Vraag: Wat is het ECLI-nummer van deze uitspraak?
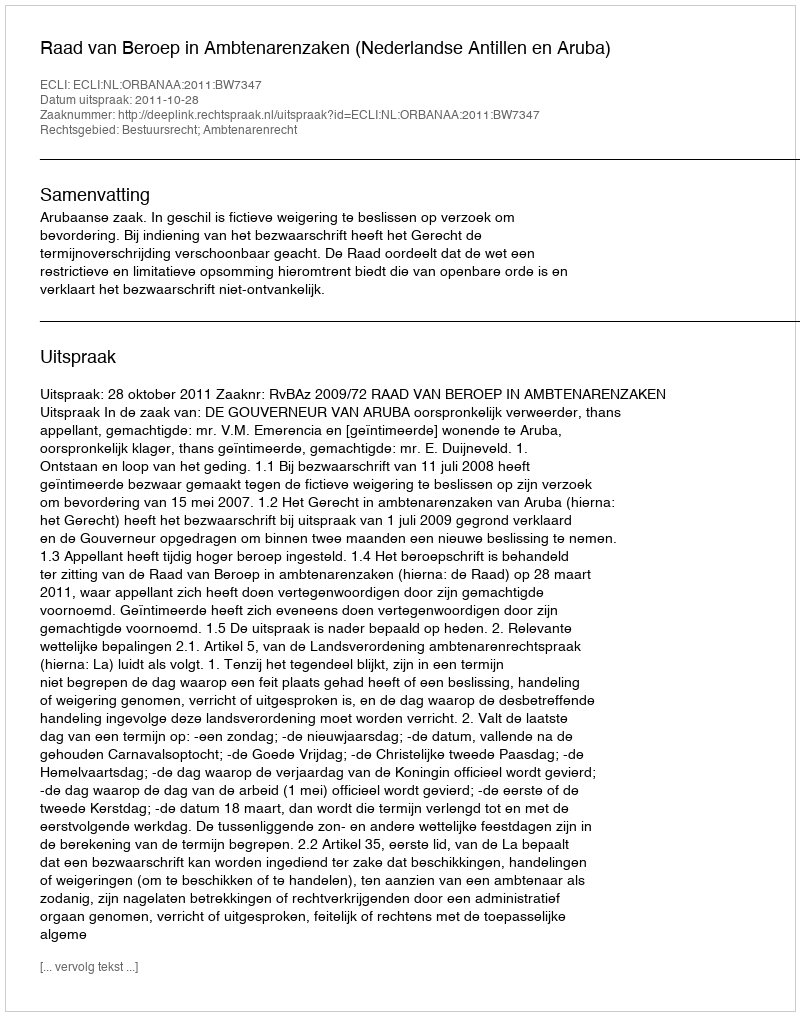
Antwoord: ECLI:NL:ORBANAA:2011:BW7347